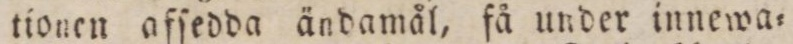
tionen afſedda ändamål, få under innewa=